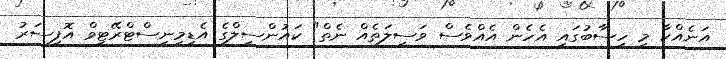
އަނެއްކާ މި ހިސާބުގައި އެހެން އެއްވެސް ވަސީލަތެއް ނެތް" ކައުންސިލްގެ އެޑިމިނިސްޓްރޭޓިވް އޮފިސަރު